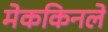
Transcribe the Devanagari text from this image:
मेककिनले